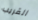
القريب